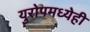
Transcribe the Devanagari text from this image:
युरोपमध्येही